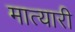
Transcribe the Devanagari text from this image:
मात्यारी